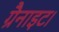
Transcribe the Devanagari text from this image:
ग्रैनाइट।